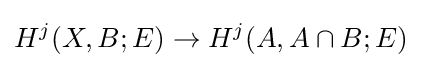
H^{j}(X,B;E)\to H^{j}(A,A\cap B;E)